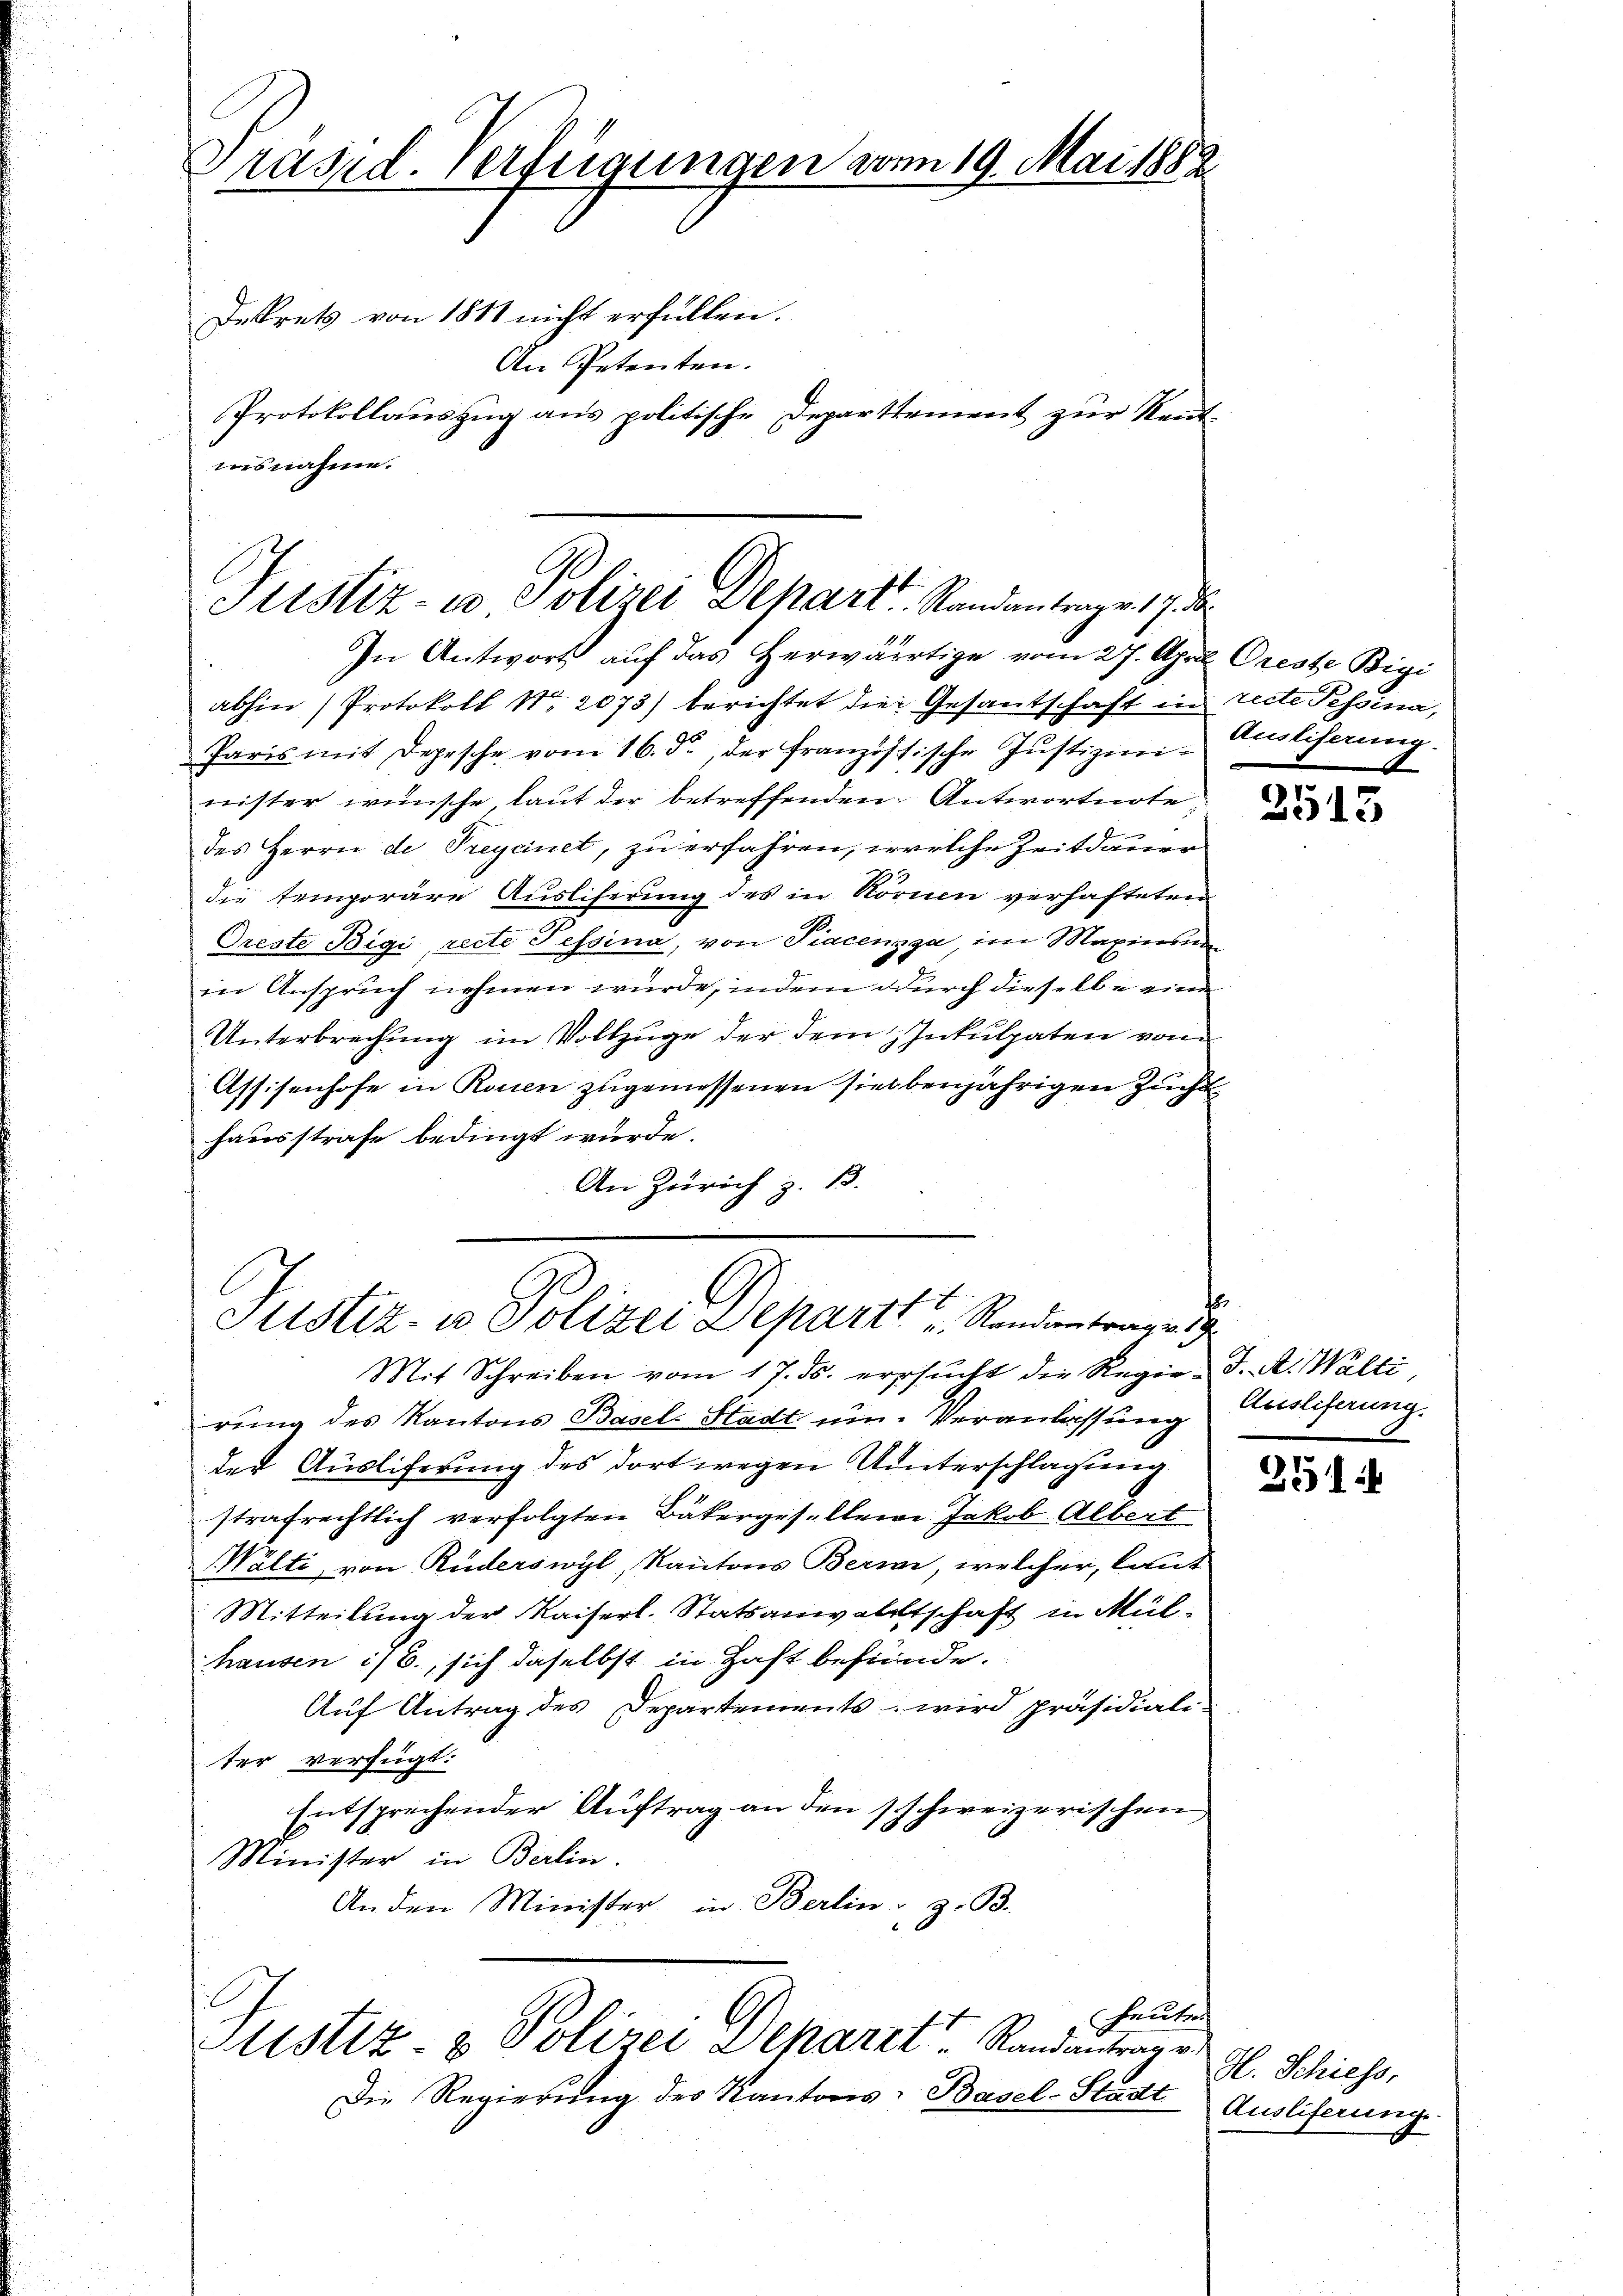
Präsid. Verfügungen vom 19. Mai 1882
Dekrets von 1811 nicht erfüllen.
An Petenten.
Protokollauszug aus politische Departtement zur Rentausnahme.

Mit Schreiben vom 17. ds. ersucht der Reger J. A. Walti
rung des Kantons Basels Stadt um. Veranlassung Ausliferung.
der Ausliferung des dort wegen Unterschlagung
strafrechtlich verfolgten Bäkergesellene Jakob Albert
Wälti, von Ruderswyl, Kantons Bern, welcher, laut
Mitteilung der Kaiserl. Statsanwaltschaft in Mülhausen i/B., sich daselbst in Haft befunde.
Auf Antrag des Departements - wird präsidial-
ter verfügt:
Entsprechender Auftrag an den schweizerischen
Minister in Berlin.
An den Minister in Berlin z. B.

Justiz- u Polizei Depart. Standantrage 17. d.
In Antwort auf das herwärtige vom 27. April Oreste Bigi

abhin (Protokoll Nr. 2073) berichtet die Gesantschaft in reite Pessina,
Paris mit Depesche vom 16. d. der französische Justizmi- Ausliserung.
nister wünsche, laut der betreffenden Antwortnote
des Herrn de Preycinet, zu erfahren, welche Zeitdauer
die temporäre Ausliserung des in Normen verhafteten
Oreste Bigi recte Tessina, von Piacenzga, im Maxinsun
in Anspruch nehmen würde, indem durch dieselbe eine
Unterbrechung im Vollzuge der dem Inkulpaten vom
Assisenhofe in Raten zugemessenen siebenjährigen Zucht
hausstrafe bedingt wurde.
An Zürich B.

E
Justiz- u Polizei Departt "Randantrage 19

heute
Sistiz- & Polizei Deparit Randantragen
Die Regierung des Kantons Basel-Stadt

2513

.

251

H. Schiess,
Ausliferung.